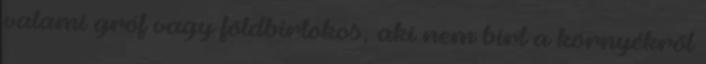
valami gróf vagy földbirtokos, aki nem bírt a környékről